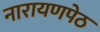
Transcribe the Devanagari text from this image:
नारायणपेठ